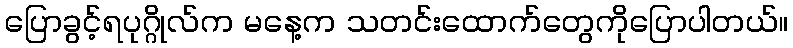
ပြောခွင့်ရပုဂ္ဂိုလ်က မနေ့က သတင်းထောက်တွေကိုပြောပါတယ်။